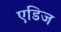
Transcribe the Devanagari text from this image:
एडिज